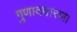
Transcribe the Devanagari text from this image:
गुणादषारण।